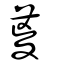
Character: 葼